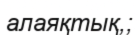
алаяқтық,;